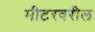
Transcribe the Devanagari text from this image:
मीटरवरील